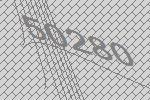
50280